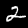
Label: 2